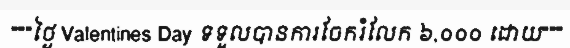
"""ថ្ងៃ Valentines Day ទទួលបានការចែករំលែក ៦,០០០ ដោយ"""